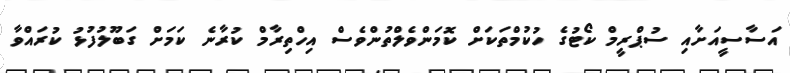
އަސާސީއަށާއި ސުޕްރީމް ކޯޓުގެ ހުކުމްތަކަށް ކޮމަންވެލްތުންވެސް އިހްތިރާމް ކުރާނެ ކަމަށް ގަބޫލުފުޅު ކުރައްވާ